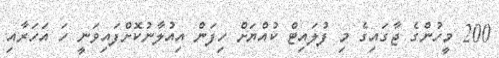
200 މީހުންގެ ޖާގައިގެ މި ފުލައިޓް ކުއްޔަށް ހިފަން އިއުލާނުކޮށްފައިވަނީ ހަ އަހަރާއި